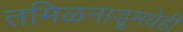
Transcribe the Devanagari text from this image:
तमिळनाडूमधेही